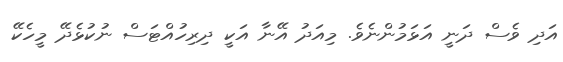
އަދި ވެސް ދަނީ އަޅަމުންނެވެ. މިއަދު އޭނާ އަކީ ދިރިހުއްޓަސް ނުކުޅެދޭ މީހެކޭ